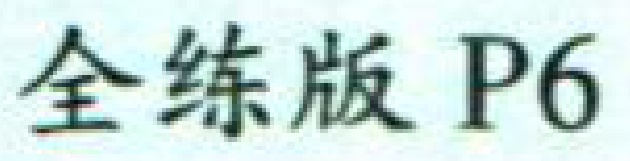
全练版 P6